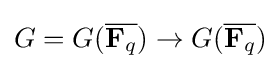
G=G({\overline {\mathbf {F} _{q}}})\to G({\overline {\mathbf {F} _{q}}})